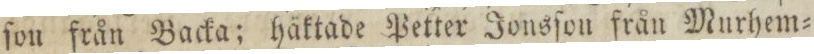
ſon från Backa; häktade Petter Jonsſon från Murhem=